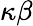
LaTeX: \kappa\beta